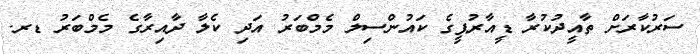
ސަރުކާރަށް ތާއީދުކުރާ ޑީއާރުޕީގެ ކައުންސިލް މެމްބަރު އަދި ކެލާ ދާއިރާގެ މެމްބަރު ޑރ.